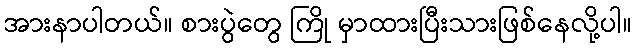
အားနာပါတယ်။ စားပွဲတွေ ကြို မှာထားပြီးသားဖြစ်နေလို့ပါ။